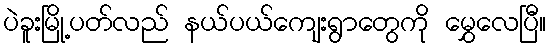
ပဲခူးမြို့ပတ်လည် နယ်ပယ်ကျေးရွာတွေကို မွှေလေပြီ။